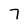
Character: 7